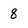
Character: 8